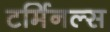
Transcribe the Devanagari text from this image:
टर्मिनल्‍स